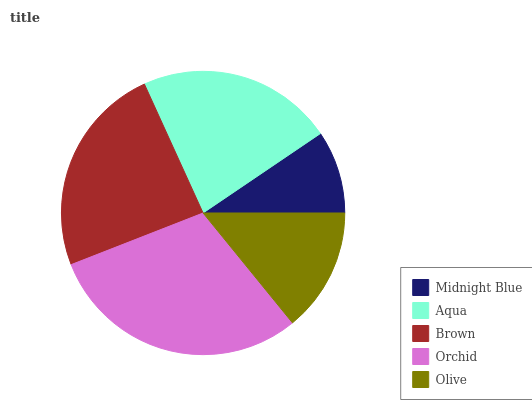
| Midnight Blue | Aqua | Brown | Orchid | Olive |
 | --- | --- | --- | --- | --- |
 | 9.47% | 22.3% | 24.2% | 29.9% | 14.1% |